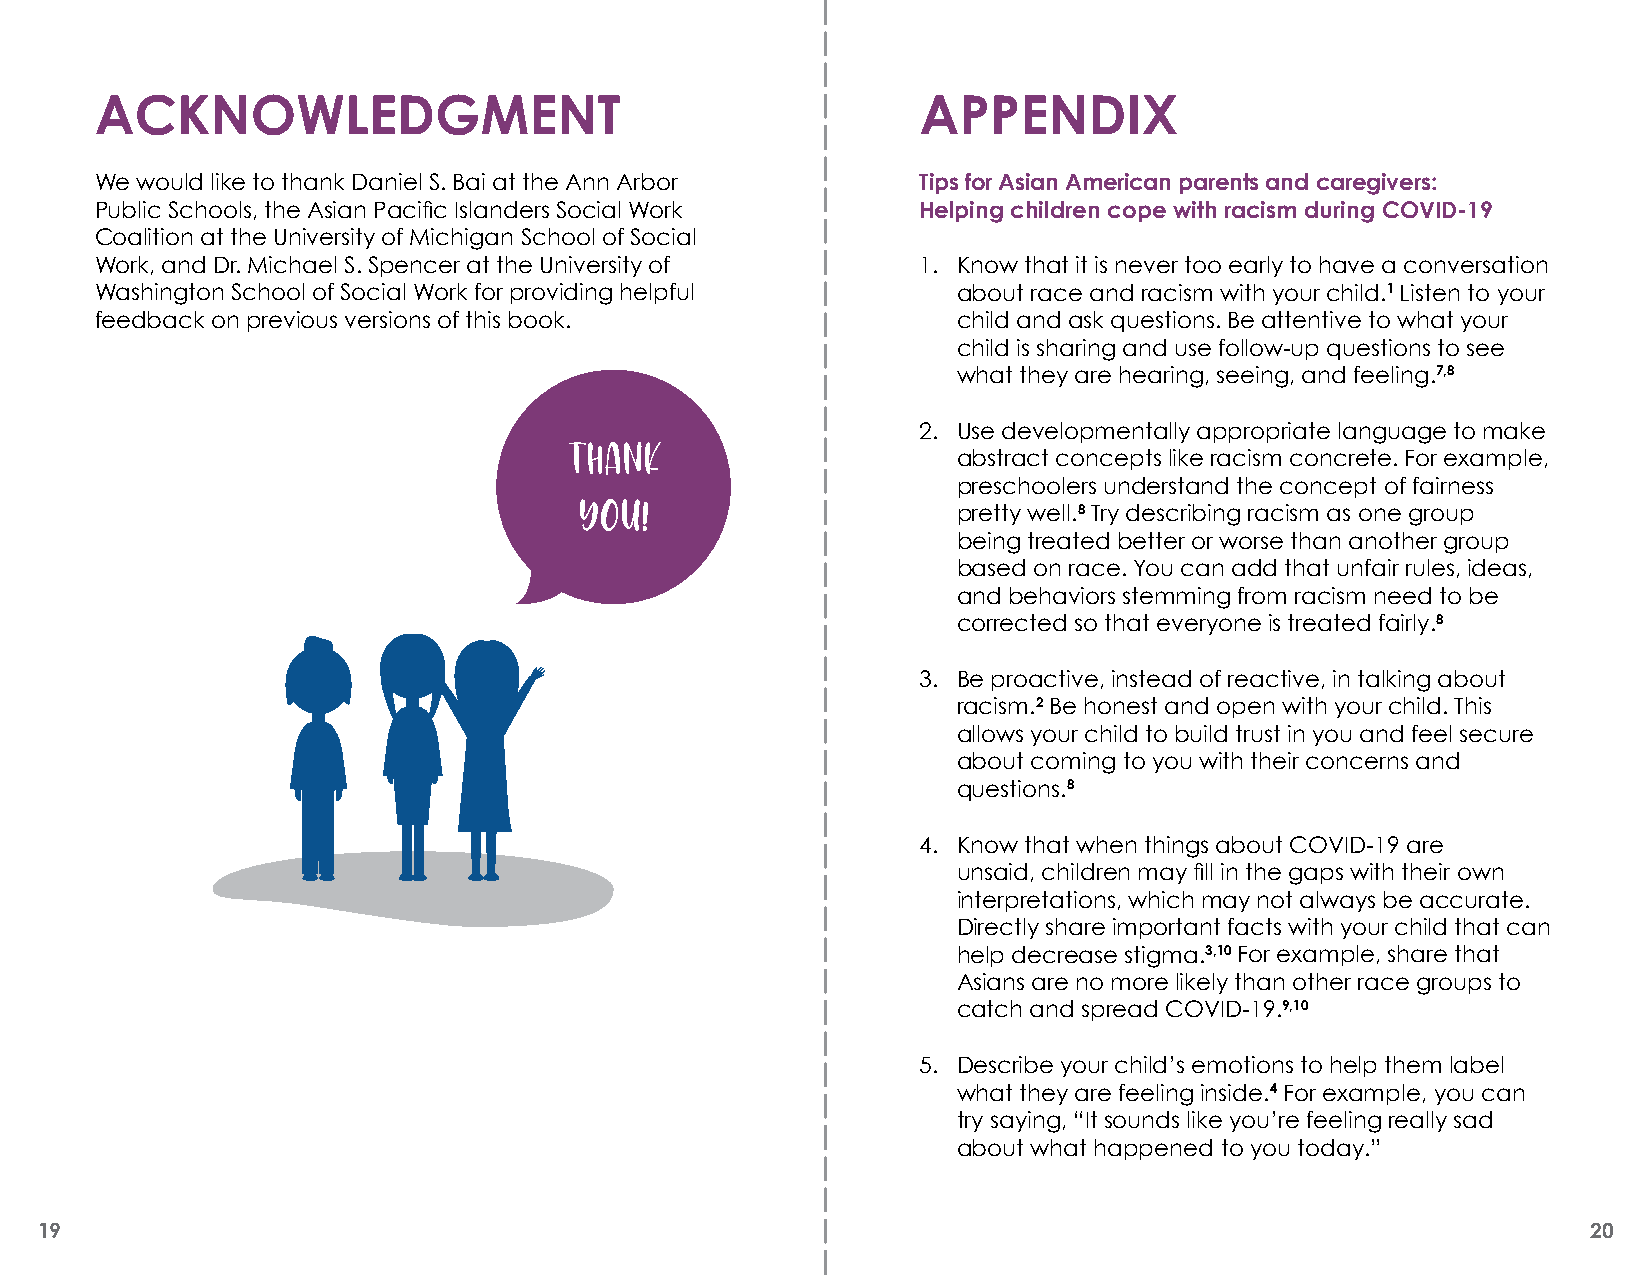
ACKNOWLEDGMENT                                         APPENDIX
 We would like to thank Daniel S. Bai at the Ann Arbor  Tips for Asian American parents and caregivers:
 Public Schools, the Asian Pacific Islanders Social Work Helping children cope with racism during COVID-19
 Coalition at the University of Michigan School of Social
 Work, and Dr. Michael S. Spencer at the University of  1. Know that it is never too early to have a conversation
 Washington School of Social Work for providing helpful   about race and racism with your child.1 Listen to your
 feedback on previous versions of this book.              child and ask questions. Be attentive to what your
 child is sharing and use follow-up questions to see
 what they are hearing, seeing, and feeling.7,8
 2. Use developmentally appropriate language to make
 Thank
 abstract concepts like racism concrete. For example,
 preschoolers understand the concept of fairness
 YOU!
 pretty well.8 Try describing racism as one group
 being treated better or worse than another group
 based on race. You can add that unfair rules, ideas,
 and behaviors stemming from racism need to be
 corrected so that everyone is treated fairly.8
 3. Be proactive, instead of reactive, in talking about
 racism.2 Be honest and open with your child. This
 allows your child to build trust in you and feel secure
 about coming to you with their concerns and
 questions.8
 4. Know that when things about COVID-19 are
 unsaid, children may fill in the gaps with their own
 interpretations, which may not always be accurate.
 Directly share important facts with your child that can
 help decrease stigma.3,10 For example, share that
 Asians are no more likely than other race groups to
 catch and spread COVID-19.9,10
 5. Describe your child’s emotions to help them label
 what they are feeling inside.4 For example, you can
 try saying, “It sounds like you’re feeling really sad
 about what happened to you today.”
 19                                                                                                     20